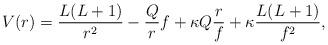
LaTeX: \begin{align*} V(r) = \frac{L(L+1)}{r^2} - \frac{Q}{r}f + \kappa Q \frac{r}{f} + \kappa \frac{L(L+1)}{f^2}, \end{align*}